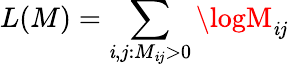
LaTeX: L(M)=\sum_{\mathit{i},j:M_{\mathit{i}j}>0}\logM_{\mathit{i}j}